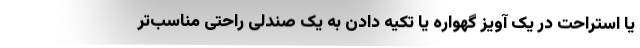
یا استراحت در یک آویز گهواره یا تکیه دادن به یک صندلی راحتی مناسب‌تر